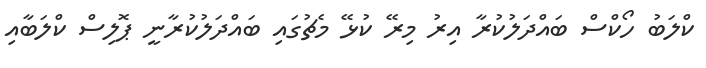
ކްލަބު ހޯކްސް ބައްދަލުކުރާ އިރު މިރޭ ކުޅޭ މެޗުގައި ބައްދަލުކުރާނީ ޕޮލިސް ކްލަބާއި